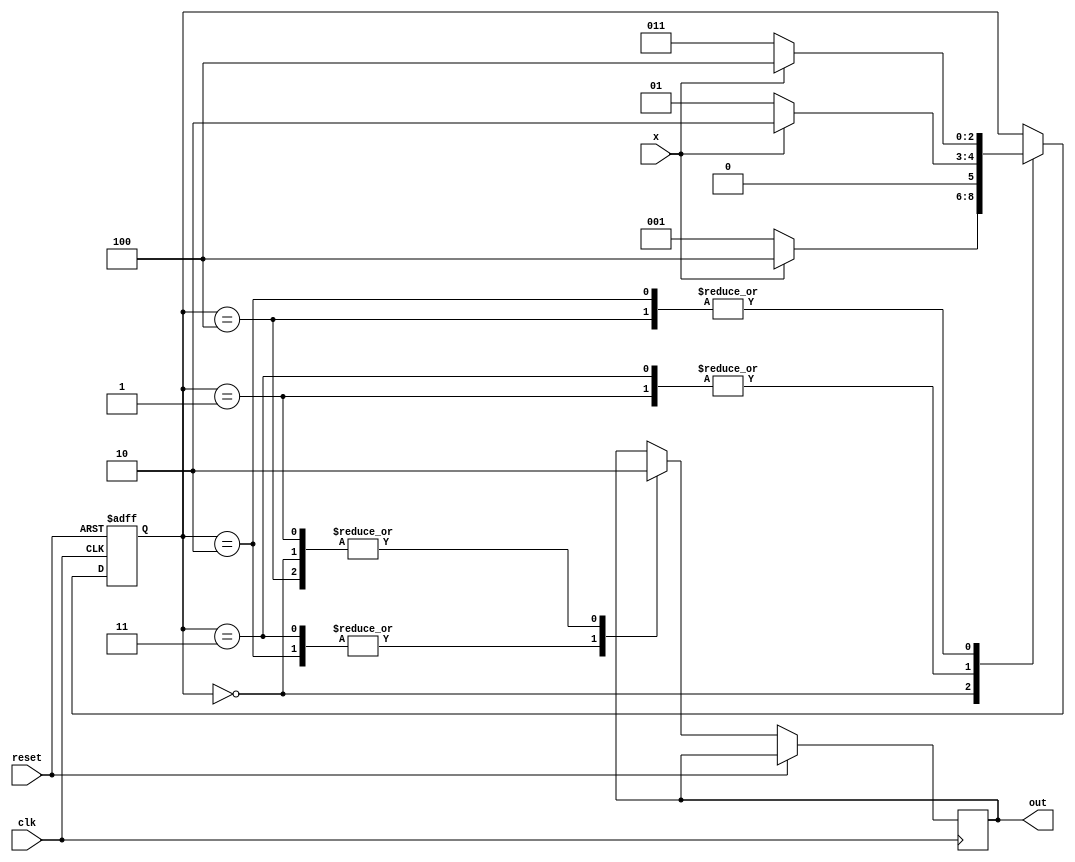
/*******************************************************************************/
/*Program Name: lab6Seq.v */
/*Description: Verilog description and test bench for a combinational circuit*/
/*Author: Eithne Amos */
/*Person number: 50209909 */
/*Date of completion: 12/8/2017 */
/*******************************************************************************/

module seq(x, clk, reset, out);
input x, clk, reset;
output reg out;
reg [2:0] state;

parameter s0=3'b000,
	  s1=3'b001,
	  s2=3'b010,
	  s3=3'b011,
	  s4=4'b100;

always @(posedge reset or posedge clk)
	if (reset) begin state = s0; end
	else
		case (state)
			s0: begin out=0;
				if (x) state = s4; 
				else state = s1; 
			end

			s1: begin out=0;
				if (x) state = s2;
				else state = s1;
			end

			s2: begin out = 1; 
				if (x) state = s4;
				else state = s3;
			end

			s3: begin out = 1;
				if (x) state = s2;
				else state = s1;
			end

			s4: begin out = 0;
				if (x) state = s4;
				else state = s3;
			end
		endcase

endmodule

module test;
reg t_x, t_clk, t_reset;
wire t_out;

seq in1(t_x, t_clk, t_reset, t_out);

initial begin
	t_x = 0;
	t_clk = 0;
	t_reset = 1;
	#10 t_reset = 0;


	repeat (32) begin
		t_x = ~t_x;
		#10 t_clk=~t_clk;
		#10 t_clk=~t_clk;
	end
		
		

end

// produce file
initial 
begin
$dumpfile("test.vcd");
$dumpvars(0, test);
$monitor("x: %b out: %b", t_x, t_out);
end
endmodule